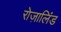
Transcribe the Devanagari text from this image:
रोज़ालिंड